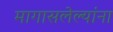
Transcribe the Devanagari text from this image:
मागासलेल्यांना